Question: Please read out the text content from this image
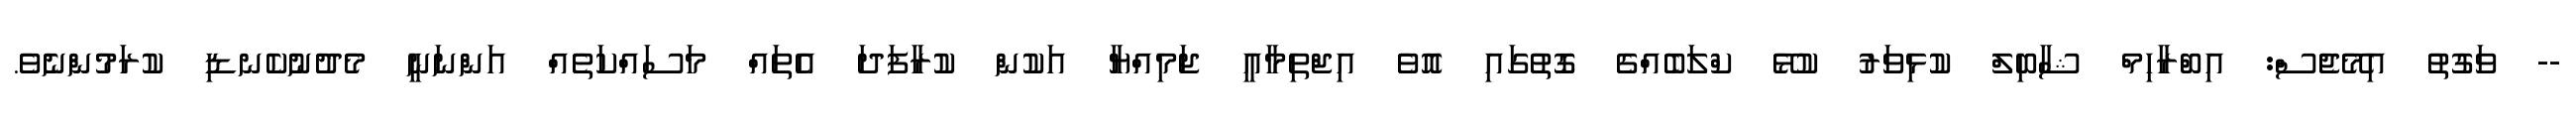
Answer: -- ވަގުތު އިމޭޖެސް: އިބްރާހިމް ޝާބިލް ކުޅިވަރު ކުޅޭ ކްލަބެއްގެ ގޮތުގައި އޮވެ އިޖްތިމާއީ ޖަމިއްޔާ އަކުން ކުރާފަދަ އެތައް މަސައްކަތެއް އަންނަނީ މެދުނުކެނޑި ކުރަމުންނެވެ.